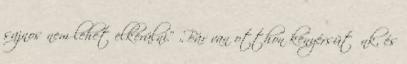
sajnos nem lehet elkerülni.” „Bár van otthon kenyérsütőnk, és